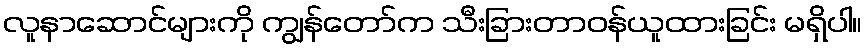
လူနာဆောင်များကို ကျွန်တော်က သီးခြားတာဝန်ယူထားခြင်း မရှိပါ။